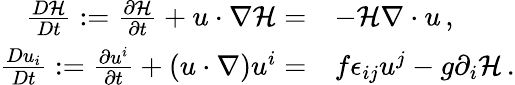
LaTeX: \begin{array}{rl}{\frac{D{\cal H}}{Dt}:=\frac{\partial{\cal H}}{\partial t}+u\cdot\nabla{\cal H}=}&{-{\cal H}\nabla\cdot u\, ,}\\ {\frac{Du_{i}}{Dt}:=\frac{\partial u^{i}}{\partial t}+(u\cdot\nabla)u^{i}=}&{f\epsilon_{ij}u^{j}-g\partial_{i}{\cal H}\, .}\end{array}